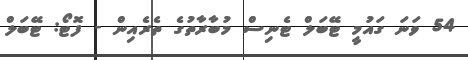
54 ވަނަ ގައުމީ ޓޭބަލް ޓެނިސް މުބާރާތުގެ ތެރެއިން - ފޮޓޯ: ޓޭބަލް